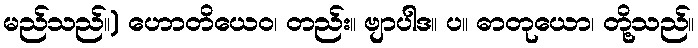
မည်သည်။) ဟောတိယေဝ၊ တည်း။ ဗျာပါဒ။ ပ။ ဓာတုယော၊ တို့သည်။